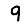
Digit: 9